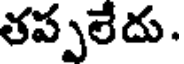
తప్పలేదు.